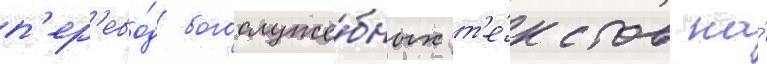
п'ер'ево́д богослуже́бных т'е́кстов на́